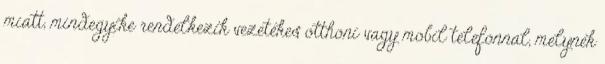
miatt, mindegyike rendelkezik vezetékes otthoni vagy mobil telefonnal, melynek